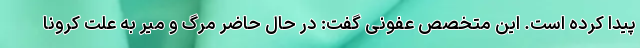
پیدا کرده است. این متخصص عفونی گفت: در حال حاضر مرگ و میر به علت کرونا